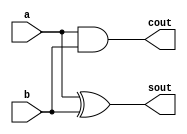
module half_adder(
    input a, b,
    output sout, cout
    );
    
    assign sout = a^b;
    assign cout = a&b;
    
endmodule